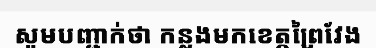
សូមបញ្ជាក់ថា កន្លងមកខេត្តព្រៃវែង